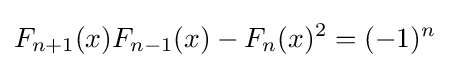
F_{n+1}(x)F_{n-1}(x)-F_{n}(x)^{2}=(-1)^{n}